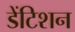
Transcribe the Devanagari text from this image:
डेंटिशन